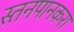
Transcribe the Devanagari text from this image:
स्तनपानकरा